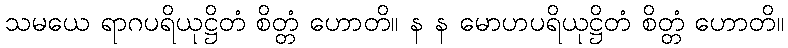
သမယေ ရာဂပရိယုဋ္ဌိတံ စိတ္တံ ဟောတိ။ န န မောဟပရိယုဋ္ဌိတံ စိတ္တံ ဟောတိ။